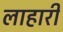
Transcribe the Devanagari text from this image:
लाहारी